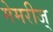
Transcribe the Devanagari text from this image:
मेमरीज्